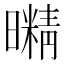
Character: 𭨇